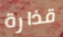
قذارة